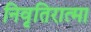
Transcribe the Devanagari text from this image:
निवृतिरात्मा